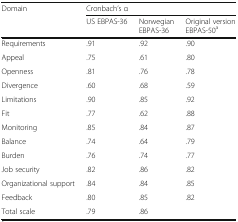
| <ROWSPAN=2> Domain | <COLSPAN=3> Cronbach’s α |
 | US EBPAS-36 | Norwegian EBPAS-36 | Original version EBPAS-50a |
 | --- | --- | --- | --- |
 | Requirements | .91 | .92 | .90 |
 | Appeal | .75 | .61 | .80 |
 | Openness | .81 | .76 | .78 |
 | Divergence | .60 | .68 | .59 |
 | Limitations | .90 | .85 | .92 |
 | Fit | .77 | .62 | .88 |
 | Monitoring | .85 | .84 | .87 |
 | Balance | .74 | .64 | .79 |
 | Burden | .76 | .74 | .77 |
 | Job security | .82 | .86 | .82 |
 | Organizational support | .84 | .84 | .85 |
 | Feedback | .80 | .85 | .82 |
 | Total scale | .79 | .86 |  |